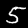
Digit: 5